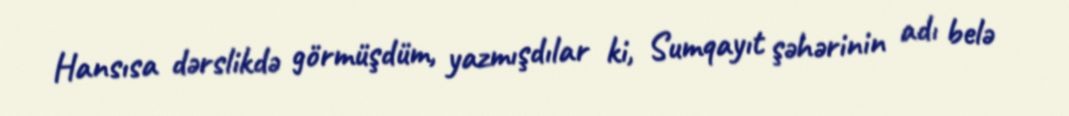
Hansısa dərslikdə görmüşdüm, yazmışdılar ki, Sumqayıt şəhərinin adı belə